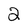
Character: 2